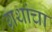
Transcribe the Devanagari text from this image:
ग्रथांचा